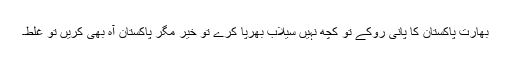
بھارت پاکستان کا پانی روکے تو کچھ نہیں سیلاب بھرپا کرے تو خیر مگر پاکستان آہ بھی کریں تو غلط۔